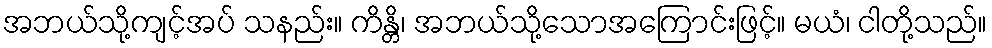
အဘယ်သို့ကျင့်အပ် သနည်း။ ကိန္တိ၊ အဘယ်သို့သောအကြောင်းဖြင့်။ မယံ၊ ငါတို့သည်။